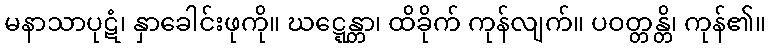
မနာသာပုဋံ၊ နှာခေါင်းဖုကို။ ဃဋ္ဋေန္တာ၊ ထိခိုက် ကုန်လျက်။ ပဝတ္တန္တိ၊ ကုန်၏။